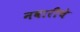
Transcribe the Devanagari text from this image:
नवारीचे